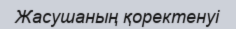
Жасушаның қоректенуі